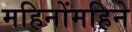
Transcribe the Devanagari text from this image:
महिनोंमहिने